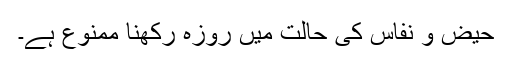
حیض و نفاس کی حالت میں روزہ رکھنا ممنوع ہے۔